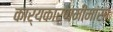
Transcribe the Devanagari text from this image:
कार्यकारणमीमांसा